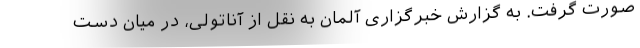
صورت گرفت. به گزارش خبرگزاری آلمان به نقل از آناتولی، در میان دست